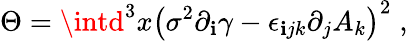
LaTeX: \Theta=\intd^{3}x\left(\sigma^{2}\partial_{\mathbf{i}}\gamma-\epsilon_{\mathbf{i}jk}\partial_{j}A_{k}\right)^{2}\; ,